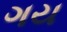
ગય